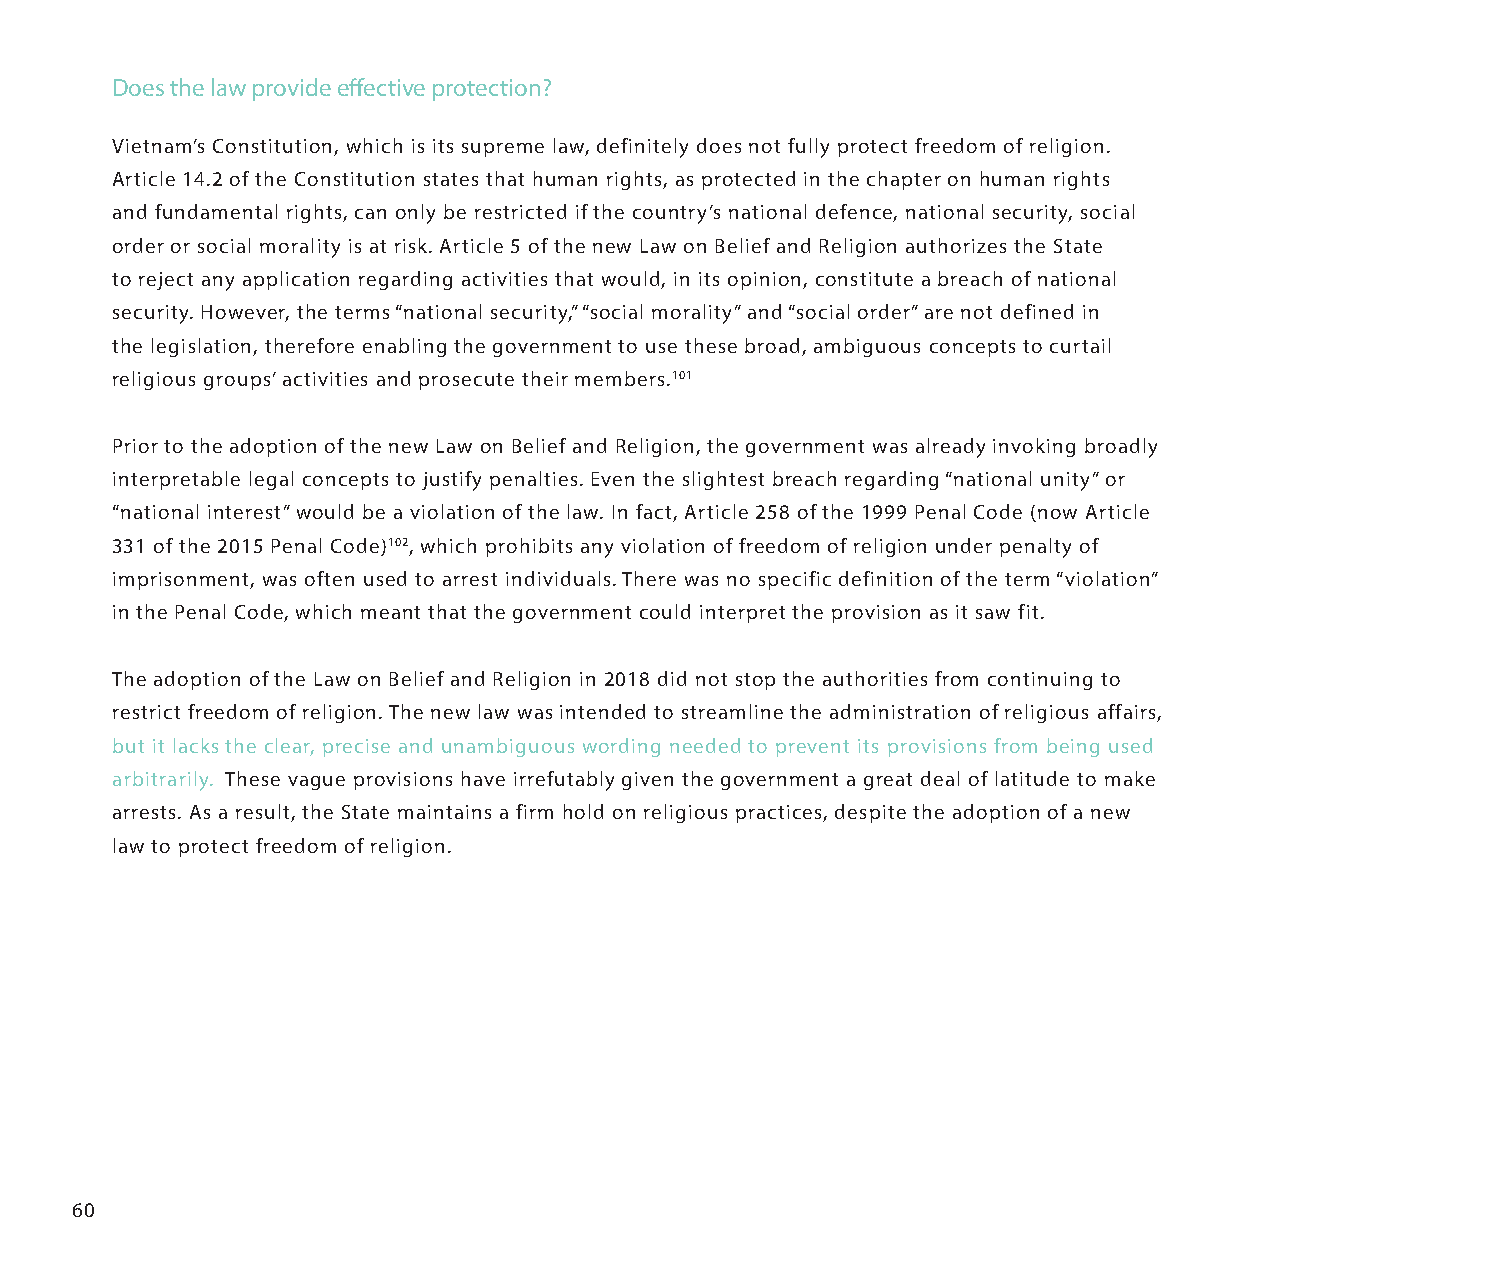
Does the law provide effective protection?
 Vietnam’s Constitution, which is its supreme law, definitely does not fully protect freedom of religion.
 Article 14.2 of the Constitution states that human rights, as protected in the chapter on human rights
 and fundamental rights, can only be restricted if the country’s national defence, national security, social
 order or social morality is at risk. Article 5 of the new Law on Belief and Religion authorizes the State
 to reject any application regarding activities that would, in its opinion, constitute a breach of national
 security. However, the terms “national security,” “social morality” and “social order” are not defined in
 the legislation, therefore enabling the government to use these broad, ambiguous concepts to curtail
 religious groups’ activities and prosecute their members.101
 Prior to the adoption of the new Law on Belief and Religion, the government was already invoking broadly
 interpretable legal concepts to justify penalties. Even the slightest breach regarding “national unity” or
 “national interest” would be a violation of the law. In fact, Article 258 of the 1999 Penal Code (now Article
 331 of the 2015 Penal Code)102, which prohibits any violation of freedom of religion under penalty of
 imprisonment, was often used to arrest individuals. There was no specific definition of the term “violation”
 in the Penal Code, which meant that the government could interpret the provision as it saw fit.
 The adoption of the Law on Belief and Religion in 2018 did not stop the authorities from continuing to
 restrict freedom of religion. The new law was intended to streamline the administration of religious affairs,
 but it lacks the clear, precise and unambiguous wording needed to prevent its provisions from being used
 arbitrarily. These vague provisions have irrefutably given the government a great deal of latitude to make
 arrests. As a result, the State maintains a firm hold on religious practices, despite the adoption of a new
 law to protect freedom of religion.
 60